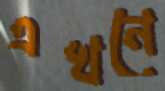
এখনে